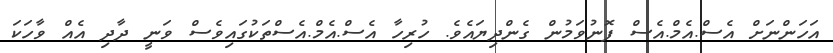
އަހަންނަށް އެސް.އެމް.އެސް ފޮނުވަމުން ގެންދިޔައެވެ. ހުރިހާ އެސް.އެމް.އެސްތަކުގައިވެސް ވަނީ ދާދި އެއް ވާހަކަ